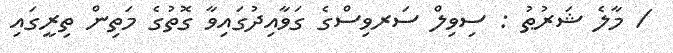
/ މާލެ ޝަރުޠު : ސިވިލް ސަރވިސްގެ ގަވާއިދުގައިވާ ގޮތުގެ މަތިން ތިރީގައި